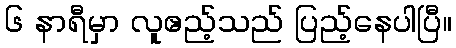
၆ နာရီမှာ လူဧည့်သည် ပြည့်နေပါပြီ။